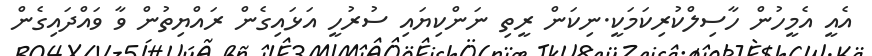
އެއީ އެމީހުން ހާސިލްކުރިކަމަކީ.ނިކަން ރީތި ނަންކިޔައި ސުރުހީ އަޅައިގެން ރައްޔިތުން ވާ ވައްދައިގެން